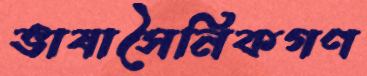
ভাষাসৈনিকগণ